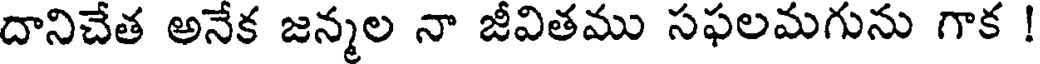
దానిచేత అనేక జన్మల నా జీవితము సఫలమగును గాక !